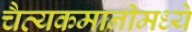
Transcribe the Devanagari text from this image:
चैत्यकमानीमध्ये